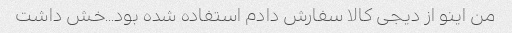
من اینو از دیجی کالا سفارش دادم استفاده شده بود...خش داشت